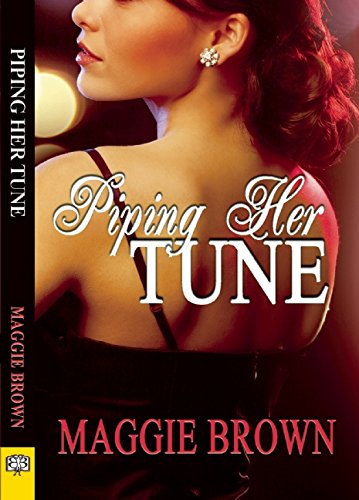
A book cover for Piping Her Tune; Maggie Brown; Romance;